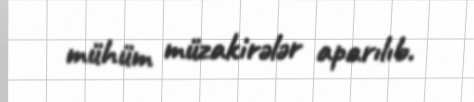
mühüm müzakirələr aparılıb.